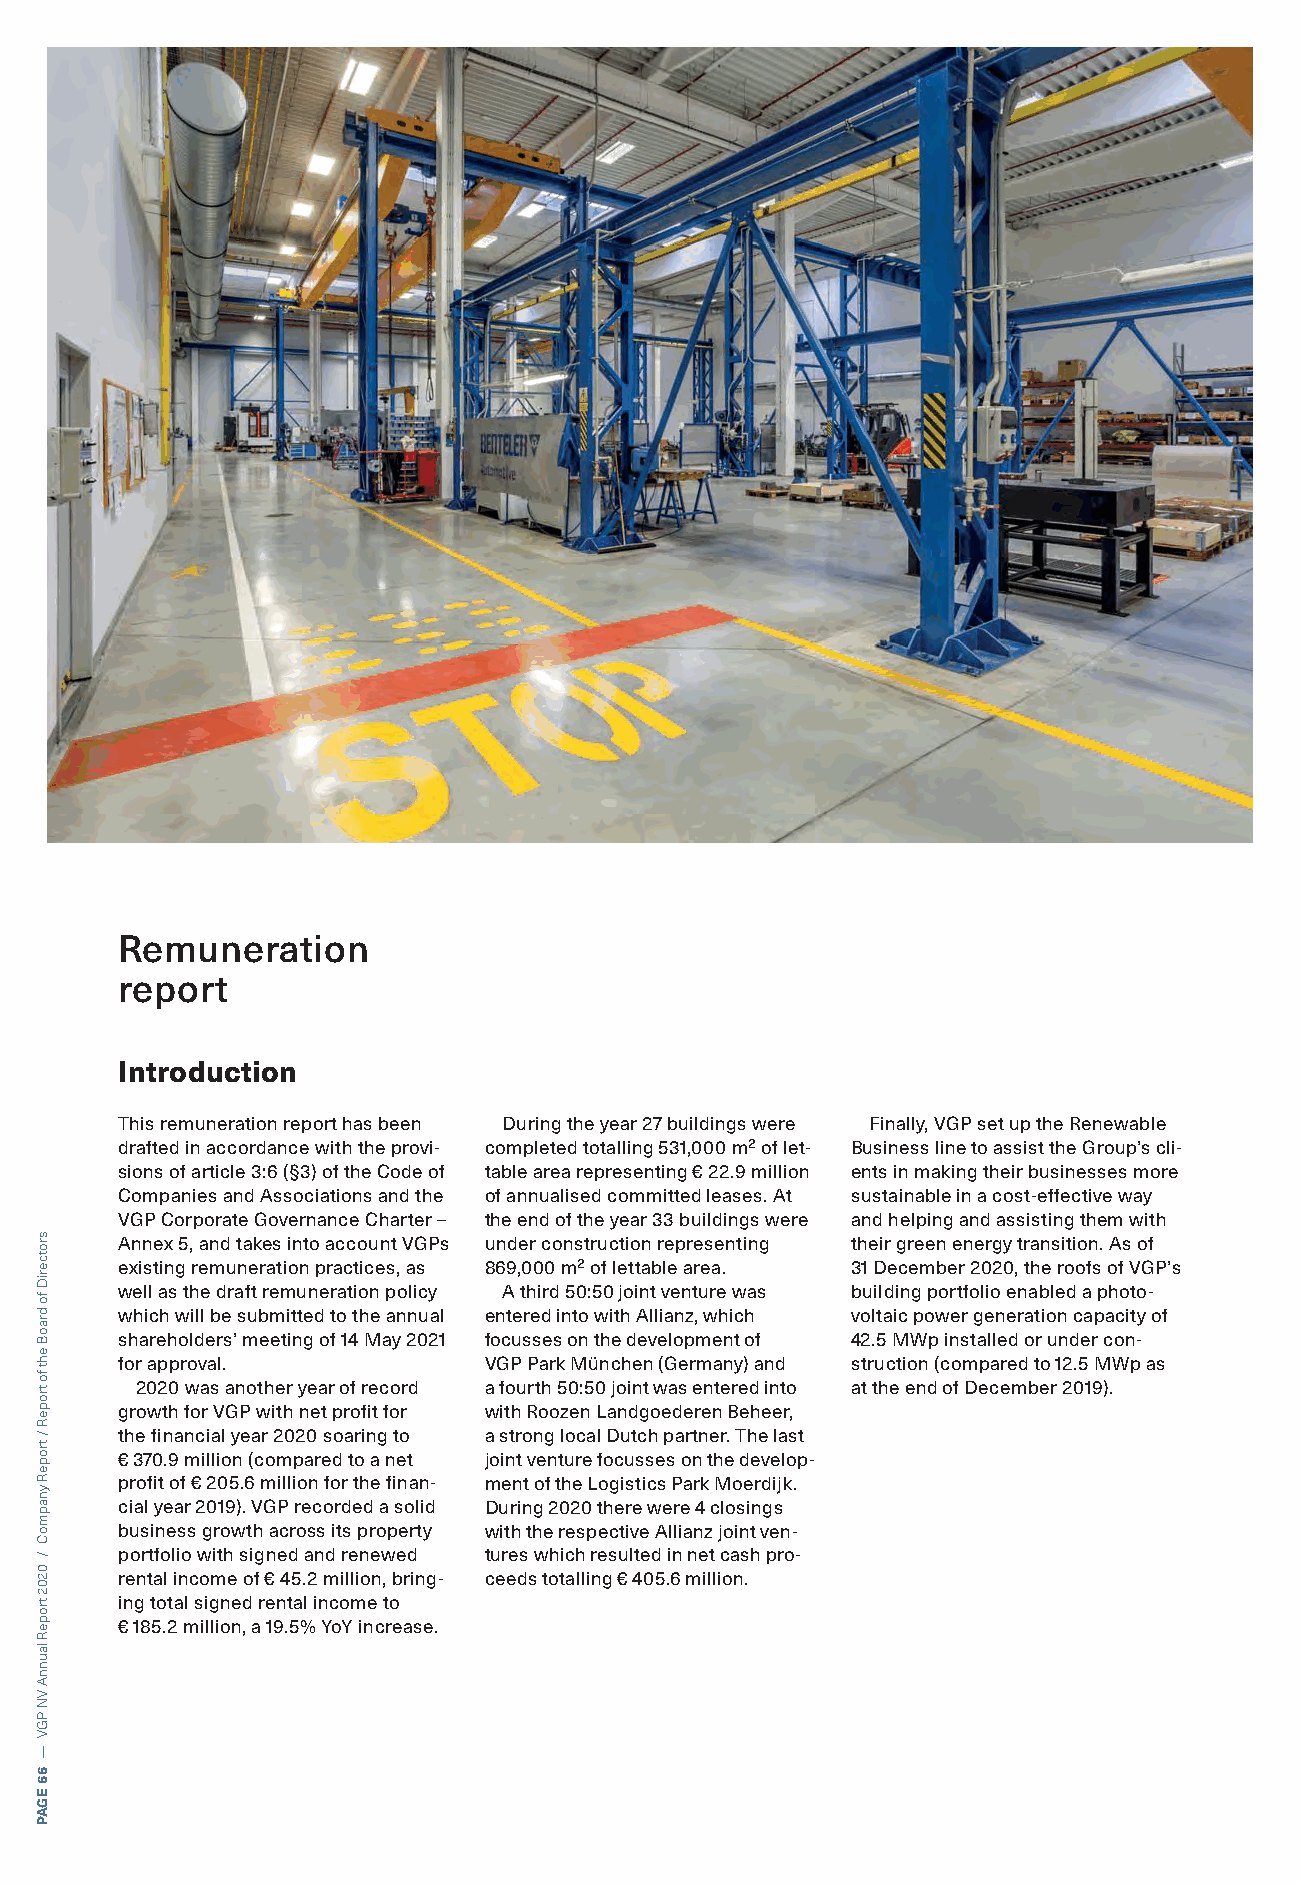
Remuneration
 report
 Introduction
 This remuneration report has been During the year 27 buildings were Finally, VGP set up the Renewable
 drafted in accordance with the provi- completed totalling 531,000 m² of let- Business line to assist the Group’s cli-
 sions of article 3:6 (§3) of the Code of table area representing € 22.9 million ents in making their businesses more
 Companies and Associations and the of annualised committed leases. At sustainable in a cost-effective way
 VGP Corporate Governance Charter – the end of the year 33 buildings were and helping and assisting them with
 Annex 5, and takes into account VGPs under construction representing their green energy transition. As of
 existing remuneration practices, as 869,000 m² of lettable area. 31 December 2020, the roofs of VGP’s
 well as the draft remuneration policy A third 50:50 joint venture was building portfolio enabled a photo-
 which will be submitted to the annual entered into with Allianz, which voltaic power generation capacity of
 shareholders’ meeting of 14 May 2021 focusses on the development of 42.5 MWp installed or under con-
 for approval.           VGP Park München (Germany) and struction (compared to 12.5 MWp as
 2020 was another year of record a fourth 50:50 joint was entered into at the end of December 2019).
 growth for VGP with net profit for with Roozen Landgoederen Beheer,
 the financial year 2020 soaring to a strong local Dutch partner. The last
 € 370.9 million (compared to a net joint venture focusses on the develop-
 profit of € 205.6 million for the finan- ment of the Logistics Park Moerdijk.
 cial year 2019). VGP recorded a solid During 2020 there were 4 closings
 business growth across its property with the respective Allianz joint ven-
 portfolio with signed and renewed tures which resulted in net cash pro-
 rental income of € 45.2 million, bring- ceeds totalling € 405.6 million.
 ing total signed rental income to
 € 185.2 million, a 19.5% YoY increase.
 srotceriD
 fo
 draoB
 eht
 fo
 tropeR
 /
 tropeR
 ynapmoC
 /
 0202
 tropeR
 launnA
 VN
 PGV
 —
 66
 EGAP